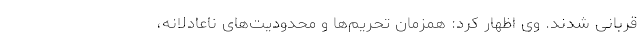
قربانی شدند. وی اظهار کرد: همزمان تحریم‌ها و محدودیت‌های ناعادلانه،